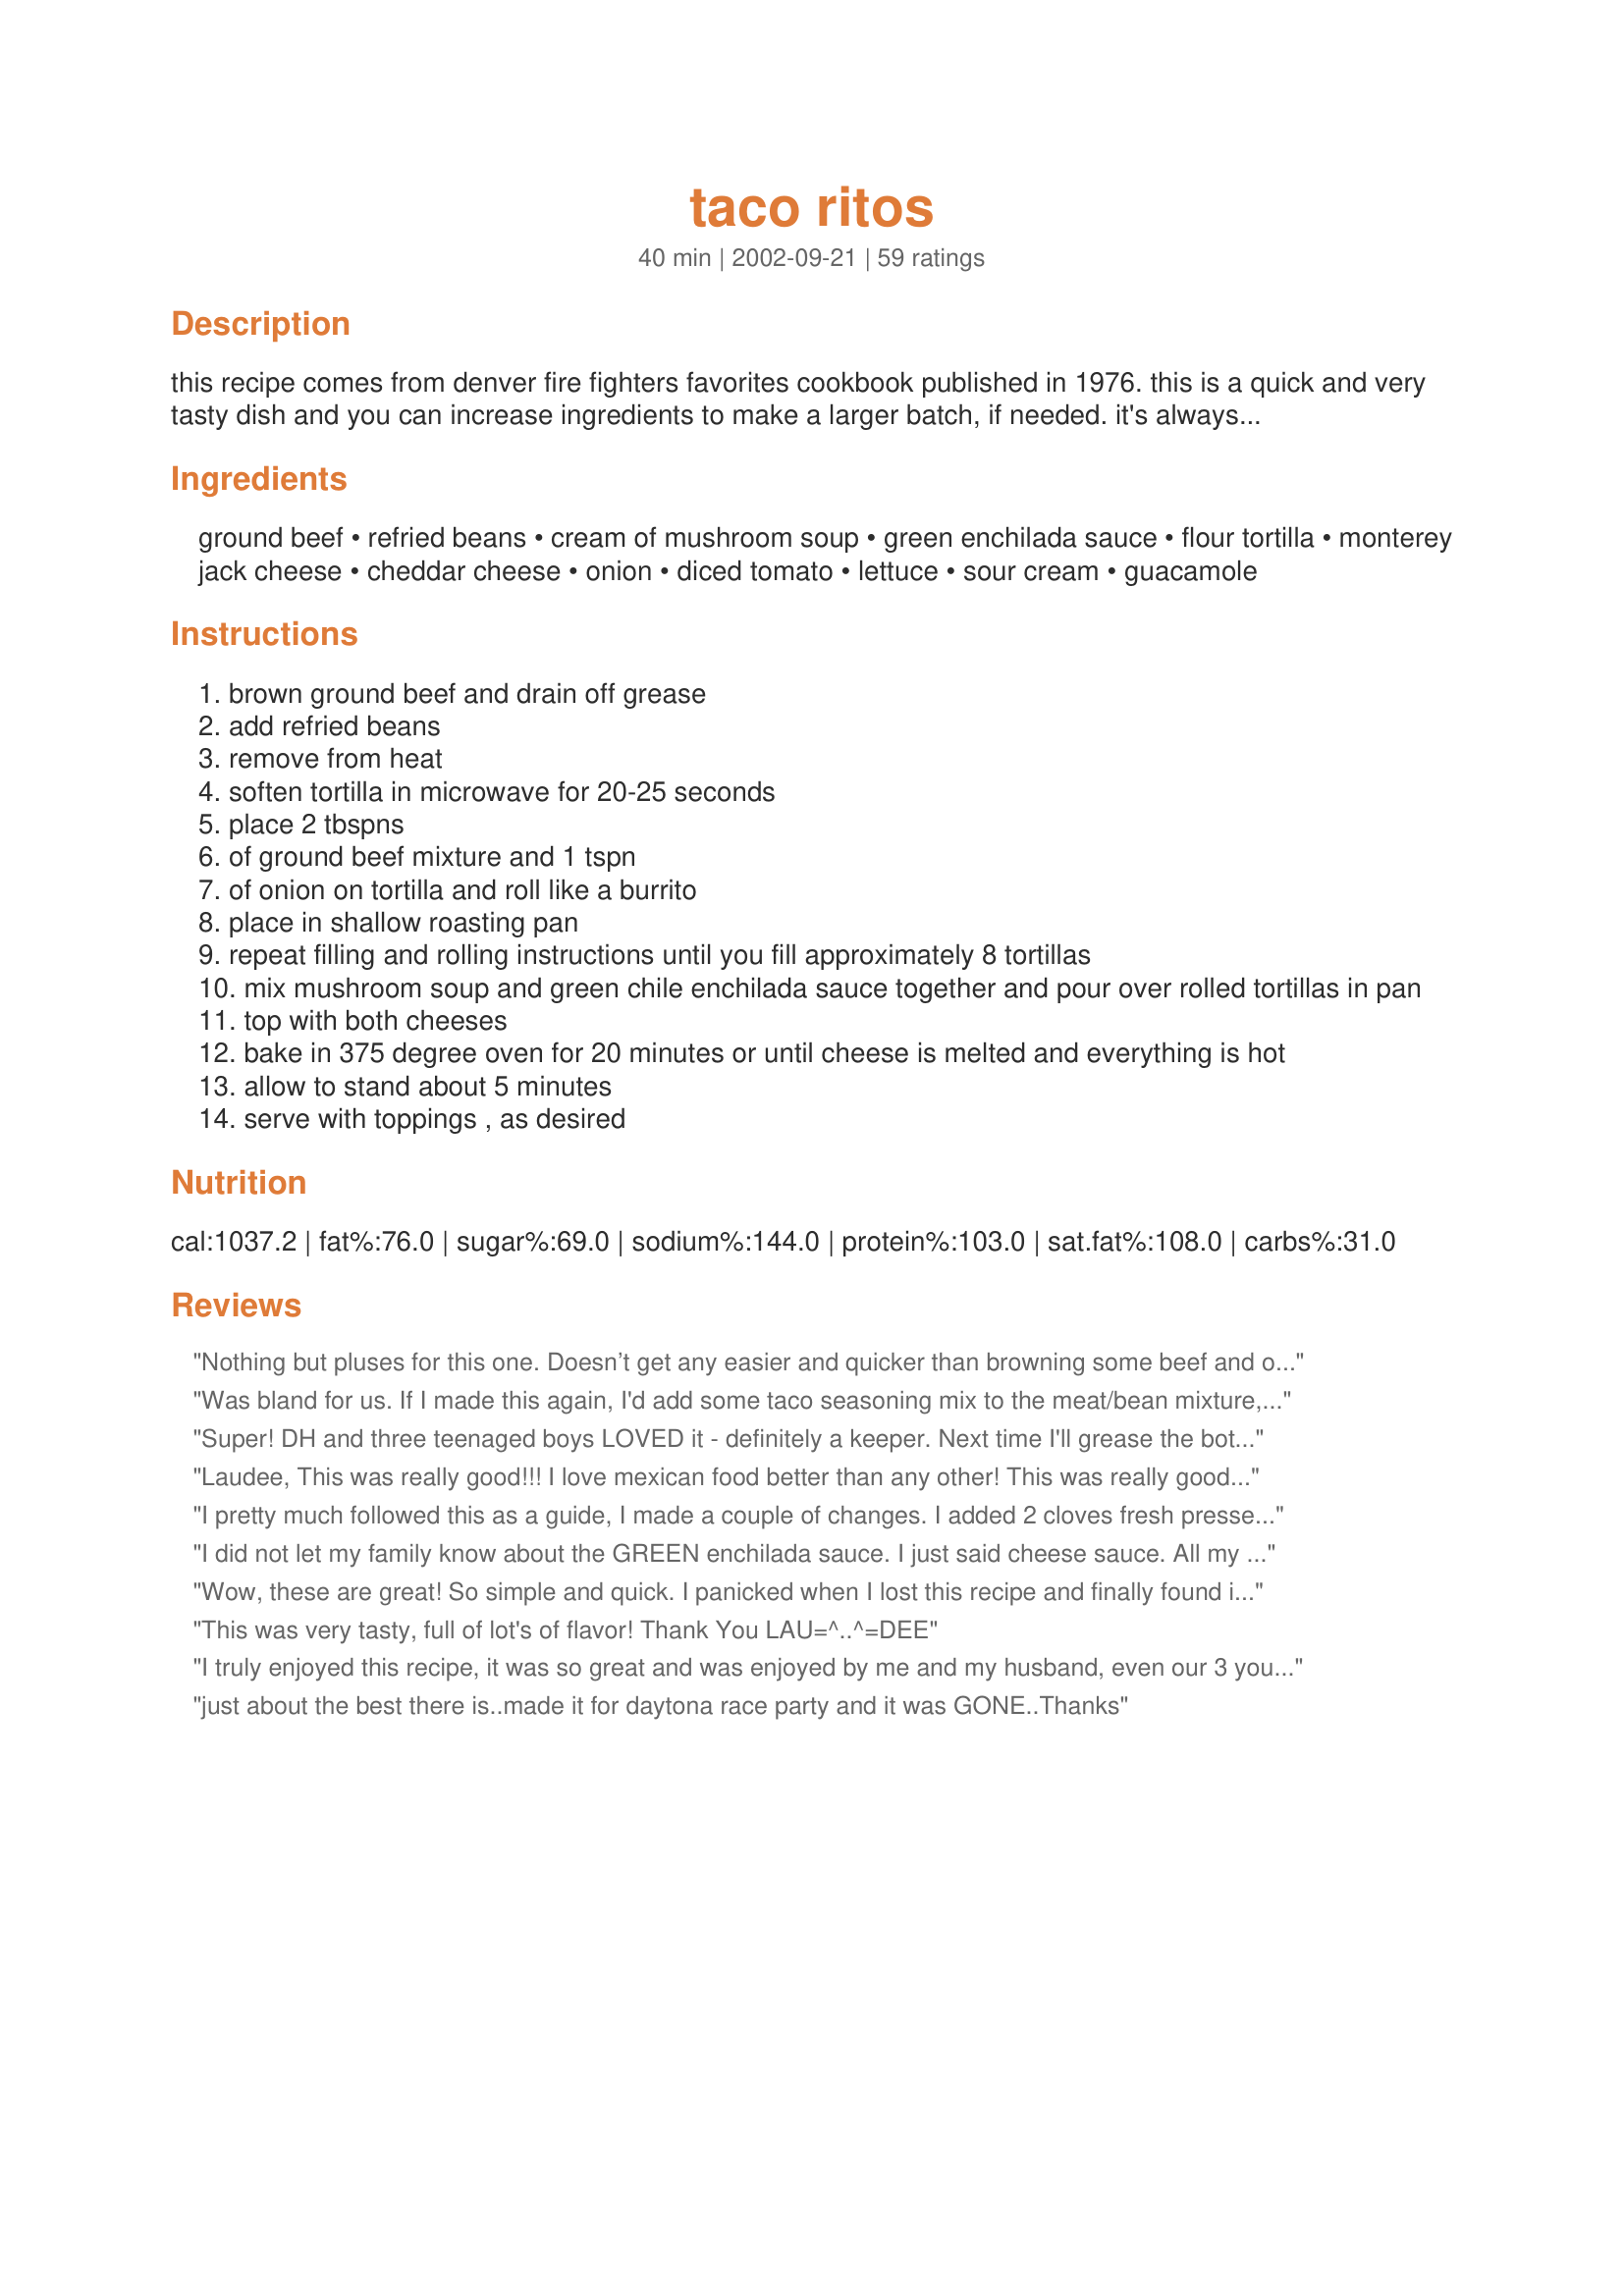
taco ritos
Preparation time: 40 minutes

this recipe comes from denver fire fighters favorites cookbook published in 1976. this is a quick and very tasty dish and you can increase ingredients to make a larger batch, if needed. it's always been a big seller in my house.

Ingredients:
ground beef, refried beans, cream of mushroom soup, green enchilada sauce, flour tortilla, monterey jack cheese, cheddar cheese, onion, diced tomato, lettuce, sour cream, guacamole

Steps:
brown ground beef and drain off grease
add refried beans
remove from heat
soften tortilla in microwave for 20-25 seconds
place 2 tbspns
of ground beef mixture and 1 tspn
of onion on tortilla and roll like a burrito
place in shallow roasting pan
repeat filling and rolling instructions until you fill approximately 8 tortillas
mix mushroom soup and green chile enchilada sauce together and pour over rolled tortillas in pan
top with both cheeses
bake in 375 degree oven for 20 minutes or until cheese is melted and everything is hot
allow to stand about 5 minutes
serve with toppings , as desired

Reviews:
Nothing but pluses for this one. Doesn’t get any easier and quicker than browning some beef and opening a couple of cans. Except for the refried beans, that is – I used Di Neal’s refried beans, having vowed never to buy canned again. And what an unusual but absolutely delightful combination of green enchilada sauce and mushroom soup – whoda thunkit? I was doing the happy dance at the store when I found that Campbell’s now has a reduced-sodium version of their ‘shroom soup. The only thing I added were some chopped caramelized onions to the meat mixture and a little cumin for seasoning, simply because I was using all low-sodium or sodium free ingredients; and at the very end of the baking time, I put the dish under the broiler for just a few minutes to get a few of those lovely little brown bits on the bubbling cheese. Went back for seconds, so we did. You really ought to try these.
Was bland for us. If I made this again, I'd add some taco seasoning mix to the meat/bean mixture, or possible some salsa. We had to add a lot of toppings to make this taste better. I give it 3 stars because it is easy to make, directions were written well & kids might like this.
Super! DH and three teenaged boys LOVED it - definitely a keeper. Next time I'll grease the bottom of the pan to make it easier to serve and maybe season the filling a little. Very easy to do and can be made ahead of time. Leftovers reheat well, too.
Laudee,
 This was really good!!! I love mexican food better than any other!
This was really good with a salad & some refried beans.
Thanks for the great recipe.
Darlene Summers
I pretty much followed this as a guide, I made a couple of changes. I added 2 cloves fresh pressed garlic, about 1/2 teaspoon cumin, 1/2 teaspoon Adobo seasoning, 1/2 teaspoon chili powder and 1/2 chopped onion to the meat as it browned. I did not add the cream of mushroom soup (did not have any) and only had red enchilada sauce in the house only used 1 can over top and mexican blend cheese. Baked at 350 for 30 minutes. Wonderful recipe!!! Defintely will make again and again....talk about YUMMO we all enjoyed this very much.
I did not let my family know about the GREEN enchilada sauce. I just said cheese sauce. All my picky eaters ate it up and enjoyed! Thanks!
Wow, these are great! So simple and quick. I panicked when I lost this recipe and finally found it using the ingredient search. Whew! I'm going to try using Bev’s Light Refried Black Beans #23705 and leftover pork from Bev’s Pepsi Pork Roast #13269 which I'm having tonight. When my hubby wasn’t home for dinner, I would make these special just for me and freeze the rest (I didn’t think he would like them). The other night I was scrambling to make something for dinner, and pulled these out of the freezer. Alittle extra sauce and cheese, and voila!, just as good as the first time! My hubby loved them. Thanks so much LAU =^..^=DEE for sharing this great recipe!
This was very tasty, full of lot's of flavor! 
Thank You LAU=^..^=DEE
I truly enjoyed this recipe, it was so great and was enjoyed by me and my husband, even our 3 young daughters ate quite a bit. We did use already seasoned fajita type chicken from our local grocery but that was the only change we made. Thank you for a great recipe we are going to enjoy again and again!!
just about the best there is..made it for daytona race party and it was GONE..Thanks
I served this to guests and it was a huge hit! I made my own refried beans from a recipe I found on this site. I use 9 inch flour tortillas and sprayed the pan with Pam cooking spray. I also made this in the morning and placed in the fridge until I was ready to bake it later in the evening. I baked it for 45-60 minutes until I though it was heated through. This makes alot and is very fillling. I froze the leftovers in FoodSaver bags so my husband and I can enjoy dinner for two. I plan to use this recipe with ground Elk and ground buffalo. Thank you for sharing such a delicious and easy meal.
DH Approved! (that's HUGE!) He said he liked it better than tacos! Great Man-food. I made as directed, with the exception of adding the onion to the ground beef before browning, and I doubled everything except the sauce. I have plenty for leftovers, and am looking forward to having it again tonight! I Topped with Pico De Gallo, Sour Cream, and Black Olives. The only thing I might change, is next time I want to try baking these without the sauce, warming the sauce up, and pouring it over the top, and then adding the cheese. I think I might achieve the firmer, crispier texture I find myself looking for. I'll update my review once I have tried it. Thanks for posting what is sure to become a regular meal around here!
Very good and super easy. I made them with shrimp rather than ground beef and used only monterey jack cheese and they turned out great. The cream of mushroom soup is a good addition.
This was really good. I halved the enchilada sauce mixture, and I thought it was more than enough sauce. I made it in a square pan (about 9x9). I made 8 tacos, but had meat leftover. They were just a smidge too spicy for my younger kids, but I really liked it. I didn't use the amount of cheeses specified, just enough to cover my tacos. Thanks!
I made these the other night and they were awesome. I did add onion, green pepper and a little cheese to the beef.
Delicious, scrumptious, you name it, these are the best! I also cooked some onion along with the ground beef but still added the diced onion before rolling up each tortilla. For toppings, we just used diced tomtoes, shredded lettuce, sour cream and then added some of my homemade salsa to top it all off. We snarfed everything down! Thanx for a great recipe!
This was great! I didn't change anything in the recipe. It was so easy to make and simply delicious!
Thanks LAU =^..^=DEE !
Sooo Good! My DS's turned their noses up when they saw the oddish color, but one bite and they were hooked. I used recipe#65507 for the refried beans
Quick, easy and full of Tex-Mex flavor. The only extra thing I did was add chopped black olives to the filling. The sauce was really good...I can see using it on enchiladas as well. Thanks for posting this; I'm sure I'll be making it again...and again.
These were really good. I added some chopped onion and chopped chipolte peppers to the meat filling, but otherwise followed the recipe exactly. This made a lot for just two people, so I sent about half of it to my Mom's and she loved it too, and requested the recipe. Great dish here, that is simple to make, and a nice change from a regular weeknight dinner.
This has to be the best "Mexican" dish I have ever had. Everyone that has eaten this has fallen in love with it and ask me to make it again. I use a lot more cheese than you called for. I also used red enchelada sauce. This dish is easy and fast. The taste is unreal! Thanks for posting this.
I used ground turkey because I have so much of it from the RSC contest. The beans I used was canned kidney beans which I processed till smooth. I fried up the 1 onion diced with the turkey. The enchilda sauce I used was red because thats what I had in my pantry. We topped these delish meal with sour cream and salsa. Garnished with fresh cilantro. I will make a point of picking up green enchilada sauce to make this again. It`s a very easy, tasty keeper!
I've made this a couple of times, its easy and we like it. All the tastes of Mexican food that we like. I use red enchilada sauce, because I'm afraid of the green, why?, I don't know. It's Good stuff.
Yowza, this is good stuff! The fist main course I made from a recipe I found here, and it sure is a winner!

OK, here's what I did different... I browned the hamburger with about half of an onion (chopped). I used red enchilada sauce. Oh, and when I mixed the cream of mushroom soup with the 2 cans of enchilada sauce, it was horribly lumpy and very unappealing, so I used the whisk attachment on my hand mixer to smooth it out. I'm funny about the appearance of my food, so I wouldn't have been able to eat it had I not used the whisk.

What I'd do different next time... I'd definitely double the amount of cheese to be sprinkled before baking. We're cheese lovers, and were fighting over the melted cheese! Next time, I'll use a different brand of refried beans. I used Ortega, and it had SOLID beans in it, and I have issues with solid beans; quite frankly, they gross me out.

Actually, I had some left over hamburger/refried beans mix, so I decided to see if my 14 month old would eat it... he gobbled it all up, and was begging for more!

Honestly, this dish was good enough and so easy to make that I can see this being something I make every couple of weeks! If you haven't tried this dish, drop everything and make it this instant!

Thanks so much for posting such a great recipe!
My sons really liked this recipe I thought it was good also, didn't change anything and will make again only now I will use reduced calorie soup.
Well, I'll add my 5 *'s also! This was really easy to make - my DH made it yesterday and if he can do it, anybody can! :) The only thing we might do a little different is to cut back on the sauce...it was extremely saucy, and although it was good, next time we'll use less. But otherwise, this was an easy, delicious recipe. Thanks for posting Laudee!
I have two picky eaters...a 7 year old and a 10 year old. It's hard to find meals that both my children and my husband and I all agree on. When I set these on the table my kids were skeptical because of the green sauce (we're red sauce eaters) and my daughter saw that I had used a can of cream of mushroom soup in them. They reluctantly tried them, then went on to eat an entire burrito each. Both my husband and I also liked them, so this goes down as one of the rare recipes that will please my entire family. The recipe doesn't mention which size tortillas to use so I used the burrito size and came out with 7 burritos total. I also used reduced fat mexican cheese blend instead of monterey jack and cheddar. If you have picky eaters that enjoy ground beef, I would definitely give this a try. QUICK and tasty!
I've made these twice now. We love them! They are a quick and easy dinner to make when I get home from work. Leftovers taste great the next day too! Thanks Laudee for posting this recipe!
We liked these, but they just didn't appeal to our tastes as much as some other Mexican recipes. For a beef and bean recipe, I think I'll stick with our favorite: Recipe #106205. I used low-fat refried beans (I always do) and cooked an onion with the beef. Thanks for sharing!
We had this tonight and it was very good. The only thing I'm planning to change next time is to halve the sauce, as it was pretty soupy. Other than that, it was easy and delicious!
Dh gave it a 5; dd gave it a 3 because it was too spicy for her. We settled on a solid 4. Made a few changes; added S&P, minced dried onions, a bit of chili powder, cumin and oregano to meat. For the sauce to cut down on the spiciness, I used one can of green enchilada sauce, mixed it with mushroom soup and added a soup can of water and mixed well. We'll make this again!
This was a hands-down family pleasin' Tex-Mex dinner. I did as some of the other reviewers and added onion and garlic to cook with the meat. But that is the only minor change I made. I have to agree--never would have thought cream of mushroom soup and green chile enchilada sauce would taste so good together. But it works in a big way. Thank-you LAU=^..^=DEE.
Well, I tried it and this is HMM HMM GOOD!!!

I couldn't find "green" enchilada sauce so I used one can of Mild Red Enchilada sauce and one can of Spicy. YUM combination.

This is a winner. I brought some for lunch today. I can't wait to eat it.

Thanks for sharing!!
Really easy recipe to throw together if you have all the ingredients at hand...I browned my ground beef (90/10) and added some dried minced onion to it ( too lazy to dirty up a chopping board). Added in a can of FF refried beans and thought it tasted a little bland but did not add anything to it. I rolled 8 tortillas and filled my casserole dish just perfectly. I only had 1 can of green enchilada sauce so I mixed it with 1/2 can of the condensed soup. That was the perfect amount of sauce for us. Two cans would have really made it too soupy... I baked it for 20 minutes and broiled for 5 minutes to brown up the cheese just a bit. When baked all together, it tastes wonderful! I am glad I did not season the beef/bean mixture at the beginning. I did end up with about 1/2 c of that mixture leftover, but had it on some soft tortillas today for lunch!!! A little salty b/c of the condensed soup but I might try substituting my own next time and see how it turns out... Thanks for posting!!!
This was Great! Very easy and quick to make. My youngest son (20 months) ate two of them!! The sauce was excellent. Everybody really liked this. I will be making this on a regular basis. Thank you for posting this.
This was a real hit with my kids! If I make them again, I would definitely use about 1/3 - 1/2 the sauce you pour over the top, otherwise it is just too soggy for my preference.
Awesome. Easy, tasty, and filling. This is my first time having green enchilada sauce, and I am hooked, its great! The mixture of the soup with the sauce helped cool some of the heat that my son dislikes in mexican food. I used corn tortillas instead of flour. Thanks Laudee, a true winner.
Very "soupy" & the tortillias were very doughy. Would not make them again.
TEN STARS!! Oh this was so delicious. I made a couple of changes though. I added Taco Seasoning Recipe #166030 to the ground beef mixture and I TRIED to make it a little healthier by adding 16 ounces of frozen mixed vegetables to the beef mixture, too.
It made enough for 7 large servings.
Yummy for leftovers.
My family really like this. The only thing different that I did was add cumin, chili powder, onion, and garlic to the meat while browning. I also heated up the green chili enchilada sauce with the cream of mushroom. I will definitely be making this again!!
Laudee, we really enjoyed this dish! I used chipotle refried beans and added chili flakes to the beef and bean mixture for a little heat. I had to use salsa verde as I couldn't find green enchilada sauce. It didn't seem to be a problem. I also added a can of diced green chiles just for fun. We were all really pleased with this dish, it was easy to assemble and had great flavor. I made this for Cinco de Mayo and it will be a regular around here. Thanks for posting!
This recipe caught my stomach's eye on a day that the larder was low so substitutions were the name of the game. Had no mushroom soup but did have cream of poblano; had only 1 can of green enchilada sauce but did have 1 red. These 3 things comprised the sauce. I mixed, cooked & rolled the meat/bean/onion mixture as instructed & had enough to generously fill 16 regular size flour tortillas. Cheese was a duke's mixture to equal 2 cups. I baked in 2 pans, 8 Taco Ritos in each & froze a batch. (They thaw & nuke beautifully). Despite my freewheeling & ad-libbing, the results were excellent! Going in my Will Eat Again book!
Delicious, quick and easy. We have had this many times.
Wonderful and quick. My boys loved it. Thanks for a good recipe.
Great recipe! Thanks for posting.
This recipe was inexpensive, simple, and easy to make. It's a nice weeknight, family dish. My DH thought it was bland and boring, though. Good, basic dish, but not outstanding.
This was very good. I used 8 tortillas but I think 12 would have been better. Other than being a little bit to saucy this was very good. I served with spanish rice and corn. Thanks!
This was good, Laudee. I made it exactly as written and then I had a ready made Fiesta dip with sour cream, gaucamole, black olives, cheese etc. so I just spooned that over it, it was delicious !!
Made this for my mom about a week ago. After all of the great reviews I was really unimpressed. While cooking it, the refried beans smelled literally like canned dog food. The recipe was easy enough but took forever to cook and look the way it did in the photo. Im guessing that the error was mine because everyone else seems to have had great success with this recipe. However, I will not be making this again. Thanks for posting though.
I have made these several times over the last year. Since it is just my husband and I, I divide the batch in half and freeze half for a latter date. Usually I thaw it before putting it in the oven. If you are going to freeze half or all, you need to make the amount of sauce recommended so that the tortillas are completely covered and protected once frozen. I season the beef with taco seasoning and I like it that way.
Great recipe. Thanks!
Yummy. Next time will try with red enchilada sauce. I used Chile & Lime flavored refried beans and it was wonderful. I also fried the onions with the ground meat as suggested and all the kids loved it.
Great recipe! I think next time I will put some cheese inside as well as on the top. I put some sauce under the tortillas before I laid them in the pan, which helped them to stick to the pan less. I think I will decrease the sauce some, maybe 1/3 less, because we had tons. I also sauteed my onions and then stirred them into the meat/bean mix. Thanks for a great recipe! My husband and I and my 3 yo and my almost 2 yo all liked it. The toppings sure were a great idea, adding some fresh crunchy goodness.
I'm eating these right now, and they are really good. I used red enchilada sauce (La Preferida, my favorite), and corn tortillas. I cooked my onions with the ground beef. These are very good, and I'm looking forward to taking the leftovers in my lunch!
It was good as is- but if I were to make it again I would modify it to our families liking..
Wonderful!!! I used red sauce by mistake but it came out great. Used refries with jalepeno's. We like a little heat! I will make this again & again.
Very good recipe! I have to echo Miller on the unusual but truly delightful combination of mushroom soup and green enchilada sauce. I was surprised! The only thing I did differently was adding the onions to cook along with the ground beef. I think I might try the mushroom soup & green enchilada sauce mixture to top some chicken enchiladas. Sounds good to me!! Thanks for sharing this recipe.
I'm giving this 5 stars for ease of preparation and the fact that they SEEMED like they'd taste great... :). I made them for a friend with a new baby, so I didn't taste the final product. But I haven't heard any complaints from her, they were a great recipe to take to someone, and I love that they used green enchilada sauce instead of red. Thanks for the recipe!
We loved this!! I love anything with a mexican flair, so it was great. I also used regular enchilada sauce and it was perfect. I will make it again and again.
Hi Laudee. This is a wonderful dish and we love the sauce!!!! It's a simple dish to make and oh so flavorful. Thank you so much for sharing this. A copy is now in my "keeper" notebook. :-)
